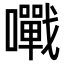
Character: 𡃹